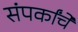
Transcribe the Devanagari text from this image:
संपर्कांचे